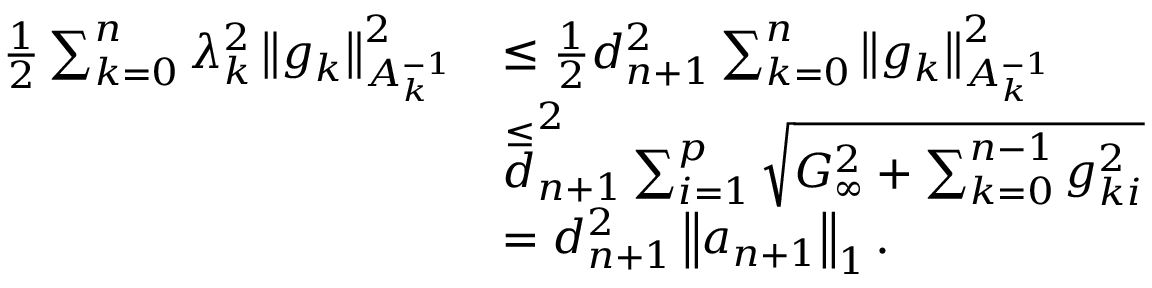
\begin{array} { r l } { \frac { 1 } { 2 } \sum _ { k = 0 } ^ { n } \lambda _ { k } ^ { 2 } \left\Vert g _ { k } \right\Vert _ { A _ { k } ^ { - 1 } } ^ { 2 } } & { \leq \frac { 1 } { 2 } d _ { n + 1 } ^ { 2 } \sum _ { k = 0 } ^ { n } \left\Vert g _ { k } \right\Vert _ { A _ { k } ^ { - 1 } } ^ { 2 } } \\ & { \overset { \leq } d _ { n + 1 } ^ { 2 } \sum _ { i = 1 } ^ { p } \sqrt { G _ { \infty } ^ { 2 } + \sum _ { k = 0 } ^ { n - 1 } g _ { k i } ^ { 2 } } } \\ & { = d _ { n + 1 } ^ { 2 } \left\Vert a _ { n + 1 } \right\Vert _ { 1 } . } \end{array}